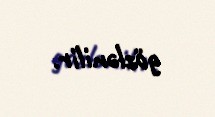
gözlənilir.